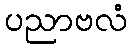
ပညာဗလံ